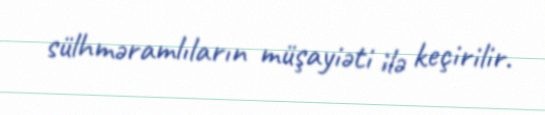
sülhməramlıların müşayiəti ilə keçirilir.